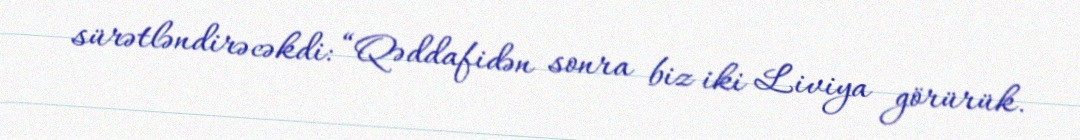
sürətləndirəcəkdi: “Qəddafidən sonra biz iki Liviya görürük.